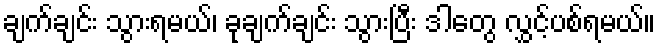
ချက်ချင်း သွားရမယ်၊ ခုချက်ချင်း သွားပြီး ဒါတွေ လွှင့်ပစ်ရမယ်။